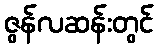
ဇွန်လဆန်းတွင်